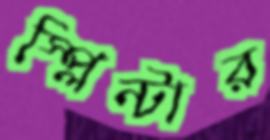
স্প্লিন্টার